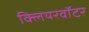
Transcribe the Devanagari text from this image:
क्लियरवॉटर